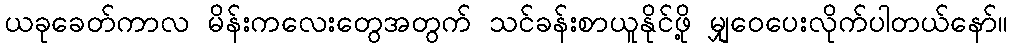
ယခုခေတ်ကာလ မိန်းကလေးတွေအတွက် သင်ခန်းစာယူနိုင်ဖို့ မျှဝေပေးလိုက်ပါတယ်နော်။